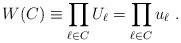
LaTeX: \begin{align*}W(C)\equiv \prod_{\ell\in C}U_\ell=\prod_{\ell\in C}u_\ell~.\end{align*}